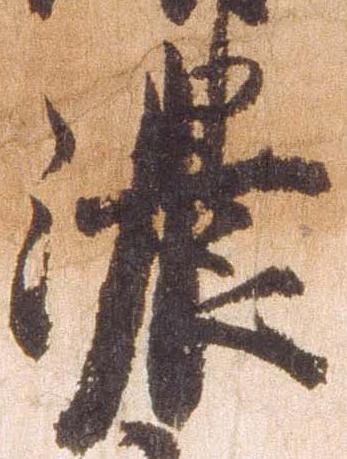
濃